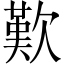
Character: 歎